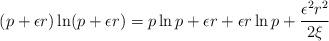
LaTeX: \begin{align*}(p+\epsilon r)\ln (p+\epsilon r)=p\ln p+\epsilon r+\epsilon r\ln p+\frac{\epsilon^2r^2}{2\xi}\end{align*}